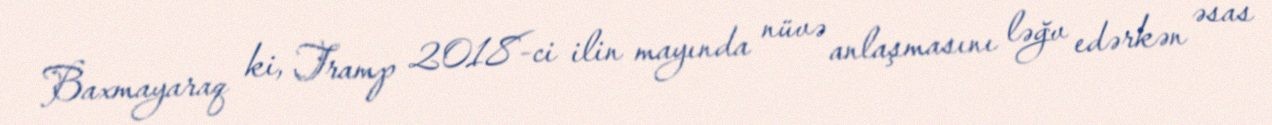
Baxmayaraq ki, Tramp 2018-ci ilin mayında nüvə anlaşmasını ləğv edərkən əsas